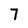
Character: 7